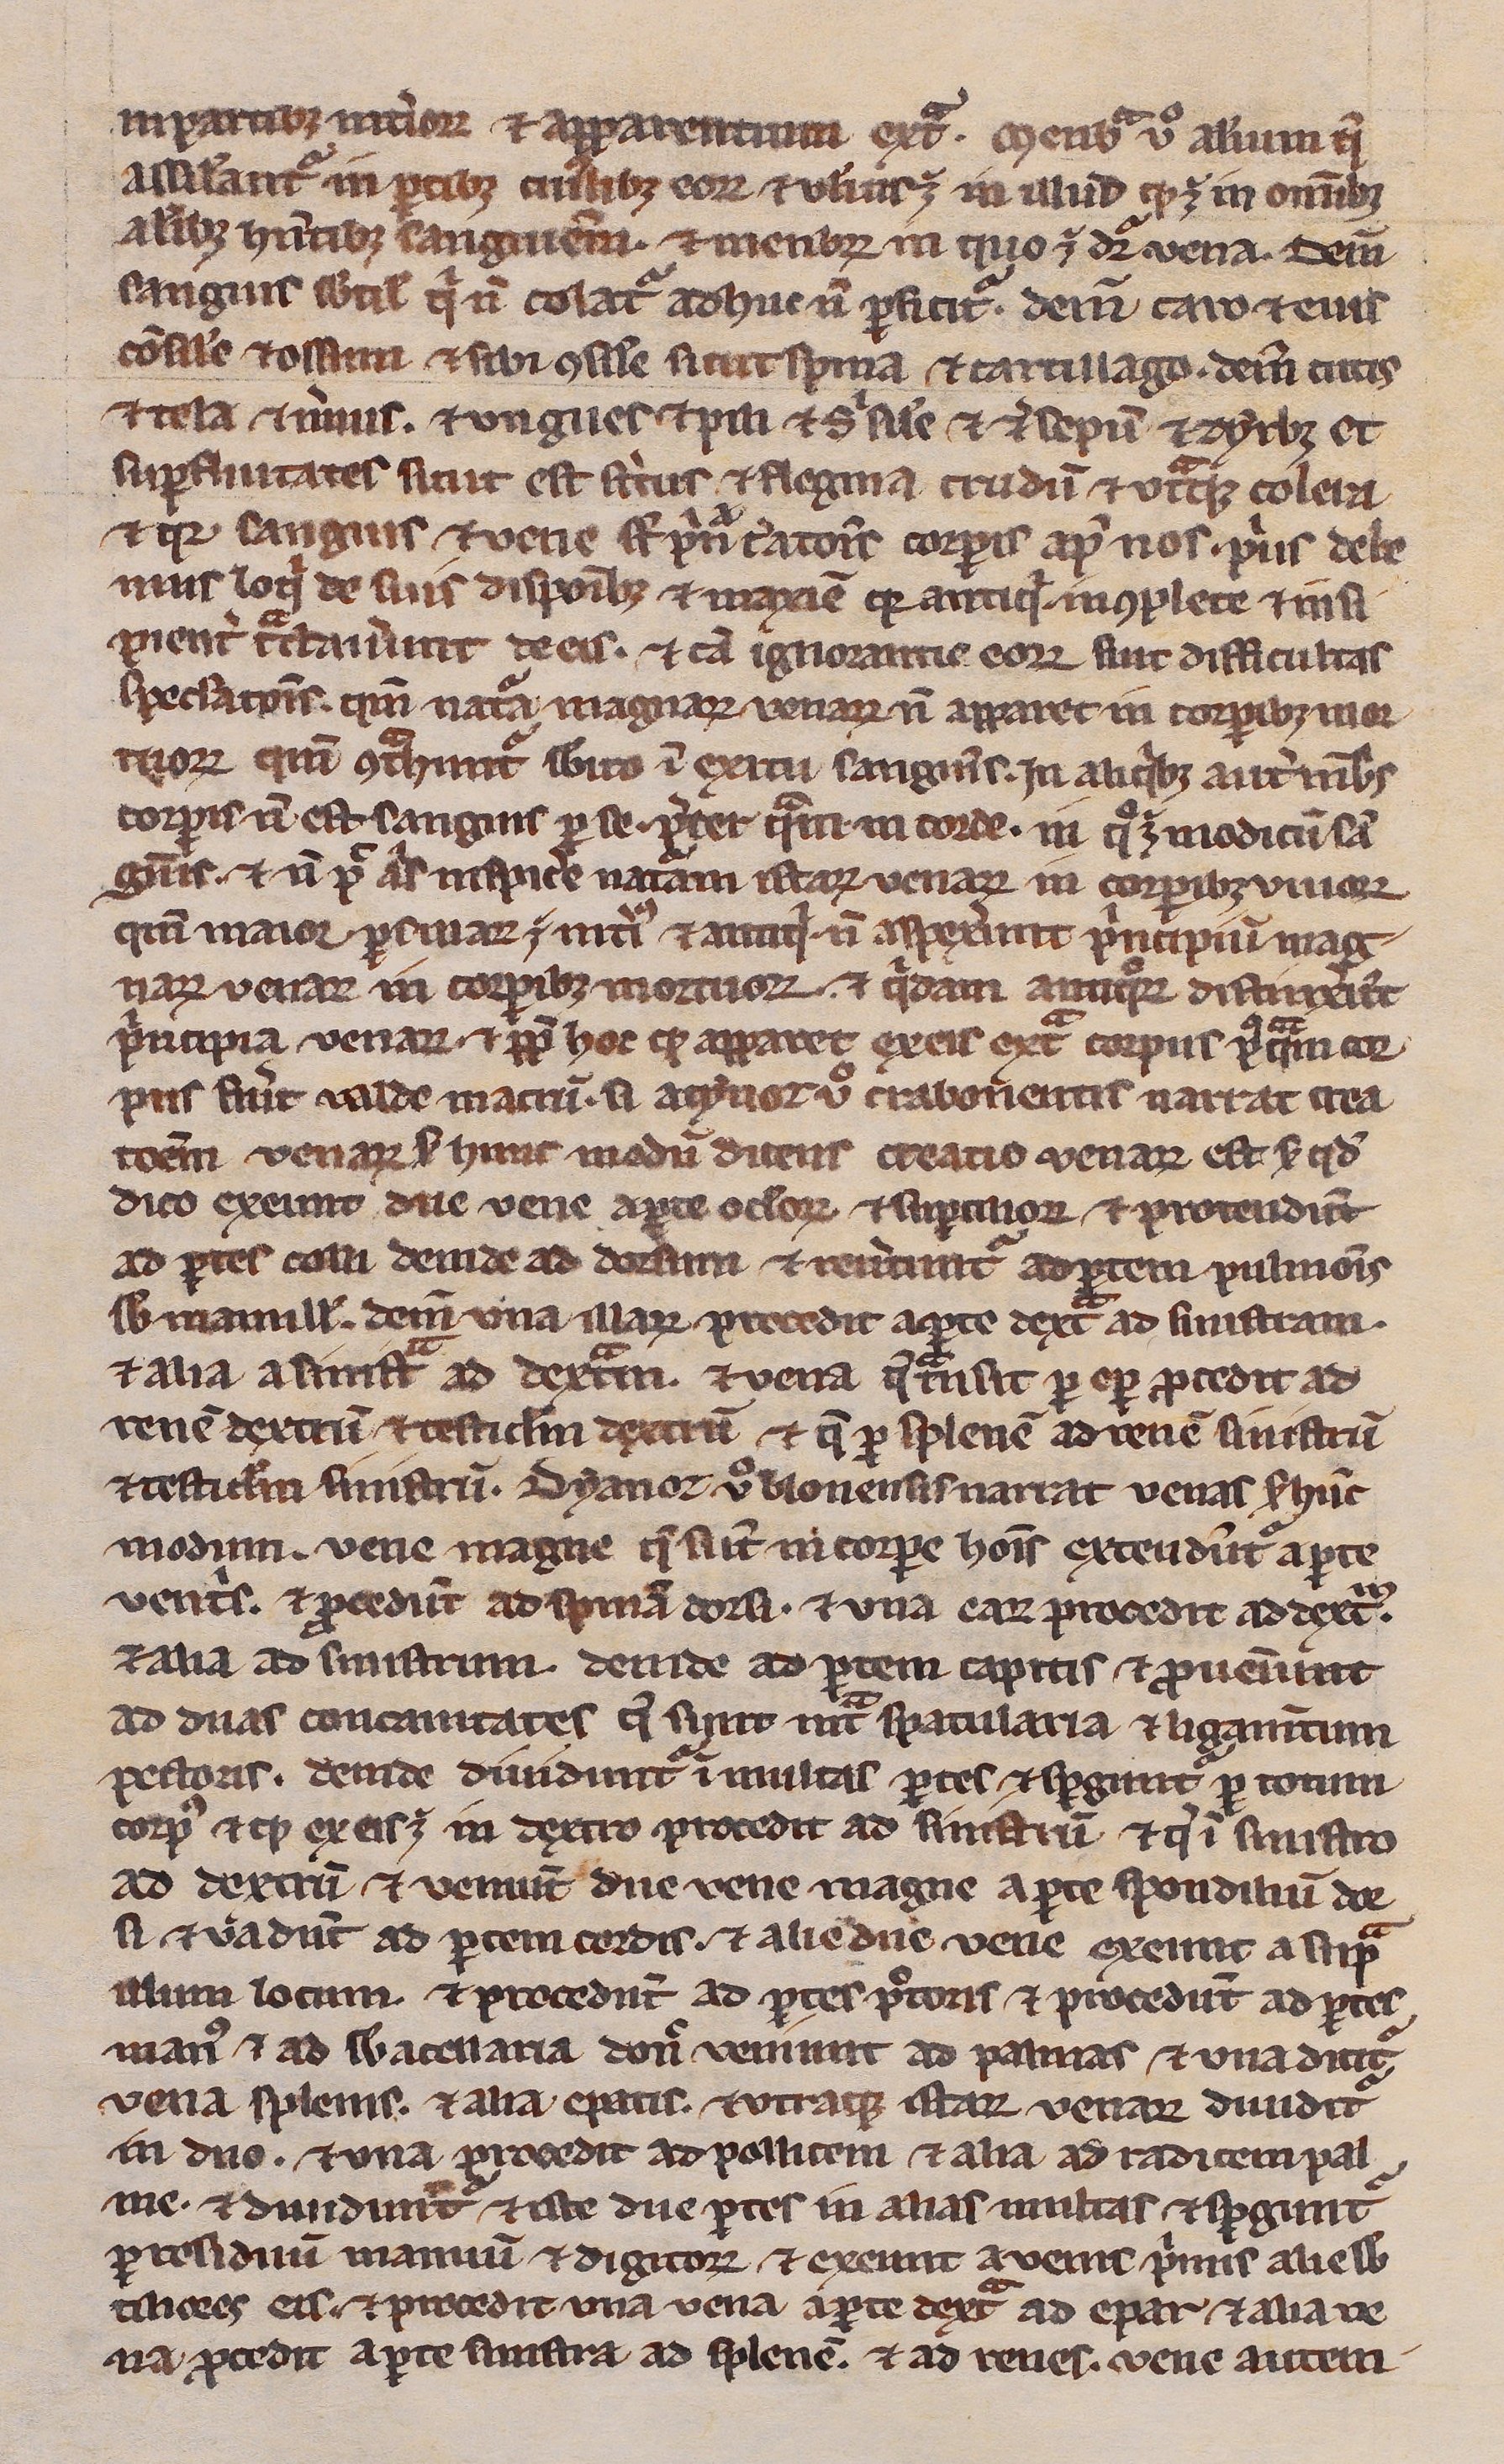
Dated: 1200–1299